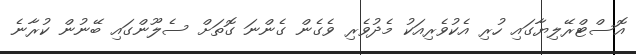
އޮސްޓްރޭލިޔާގައި ހުރި އެކުވެރިއަކު މެދުވެރި ވެގެން ގެންނަ ގޮތަށް ސެލޫންގައި ބޭނުން ކުރާނެ